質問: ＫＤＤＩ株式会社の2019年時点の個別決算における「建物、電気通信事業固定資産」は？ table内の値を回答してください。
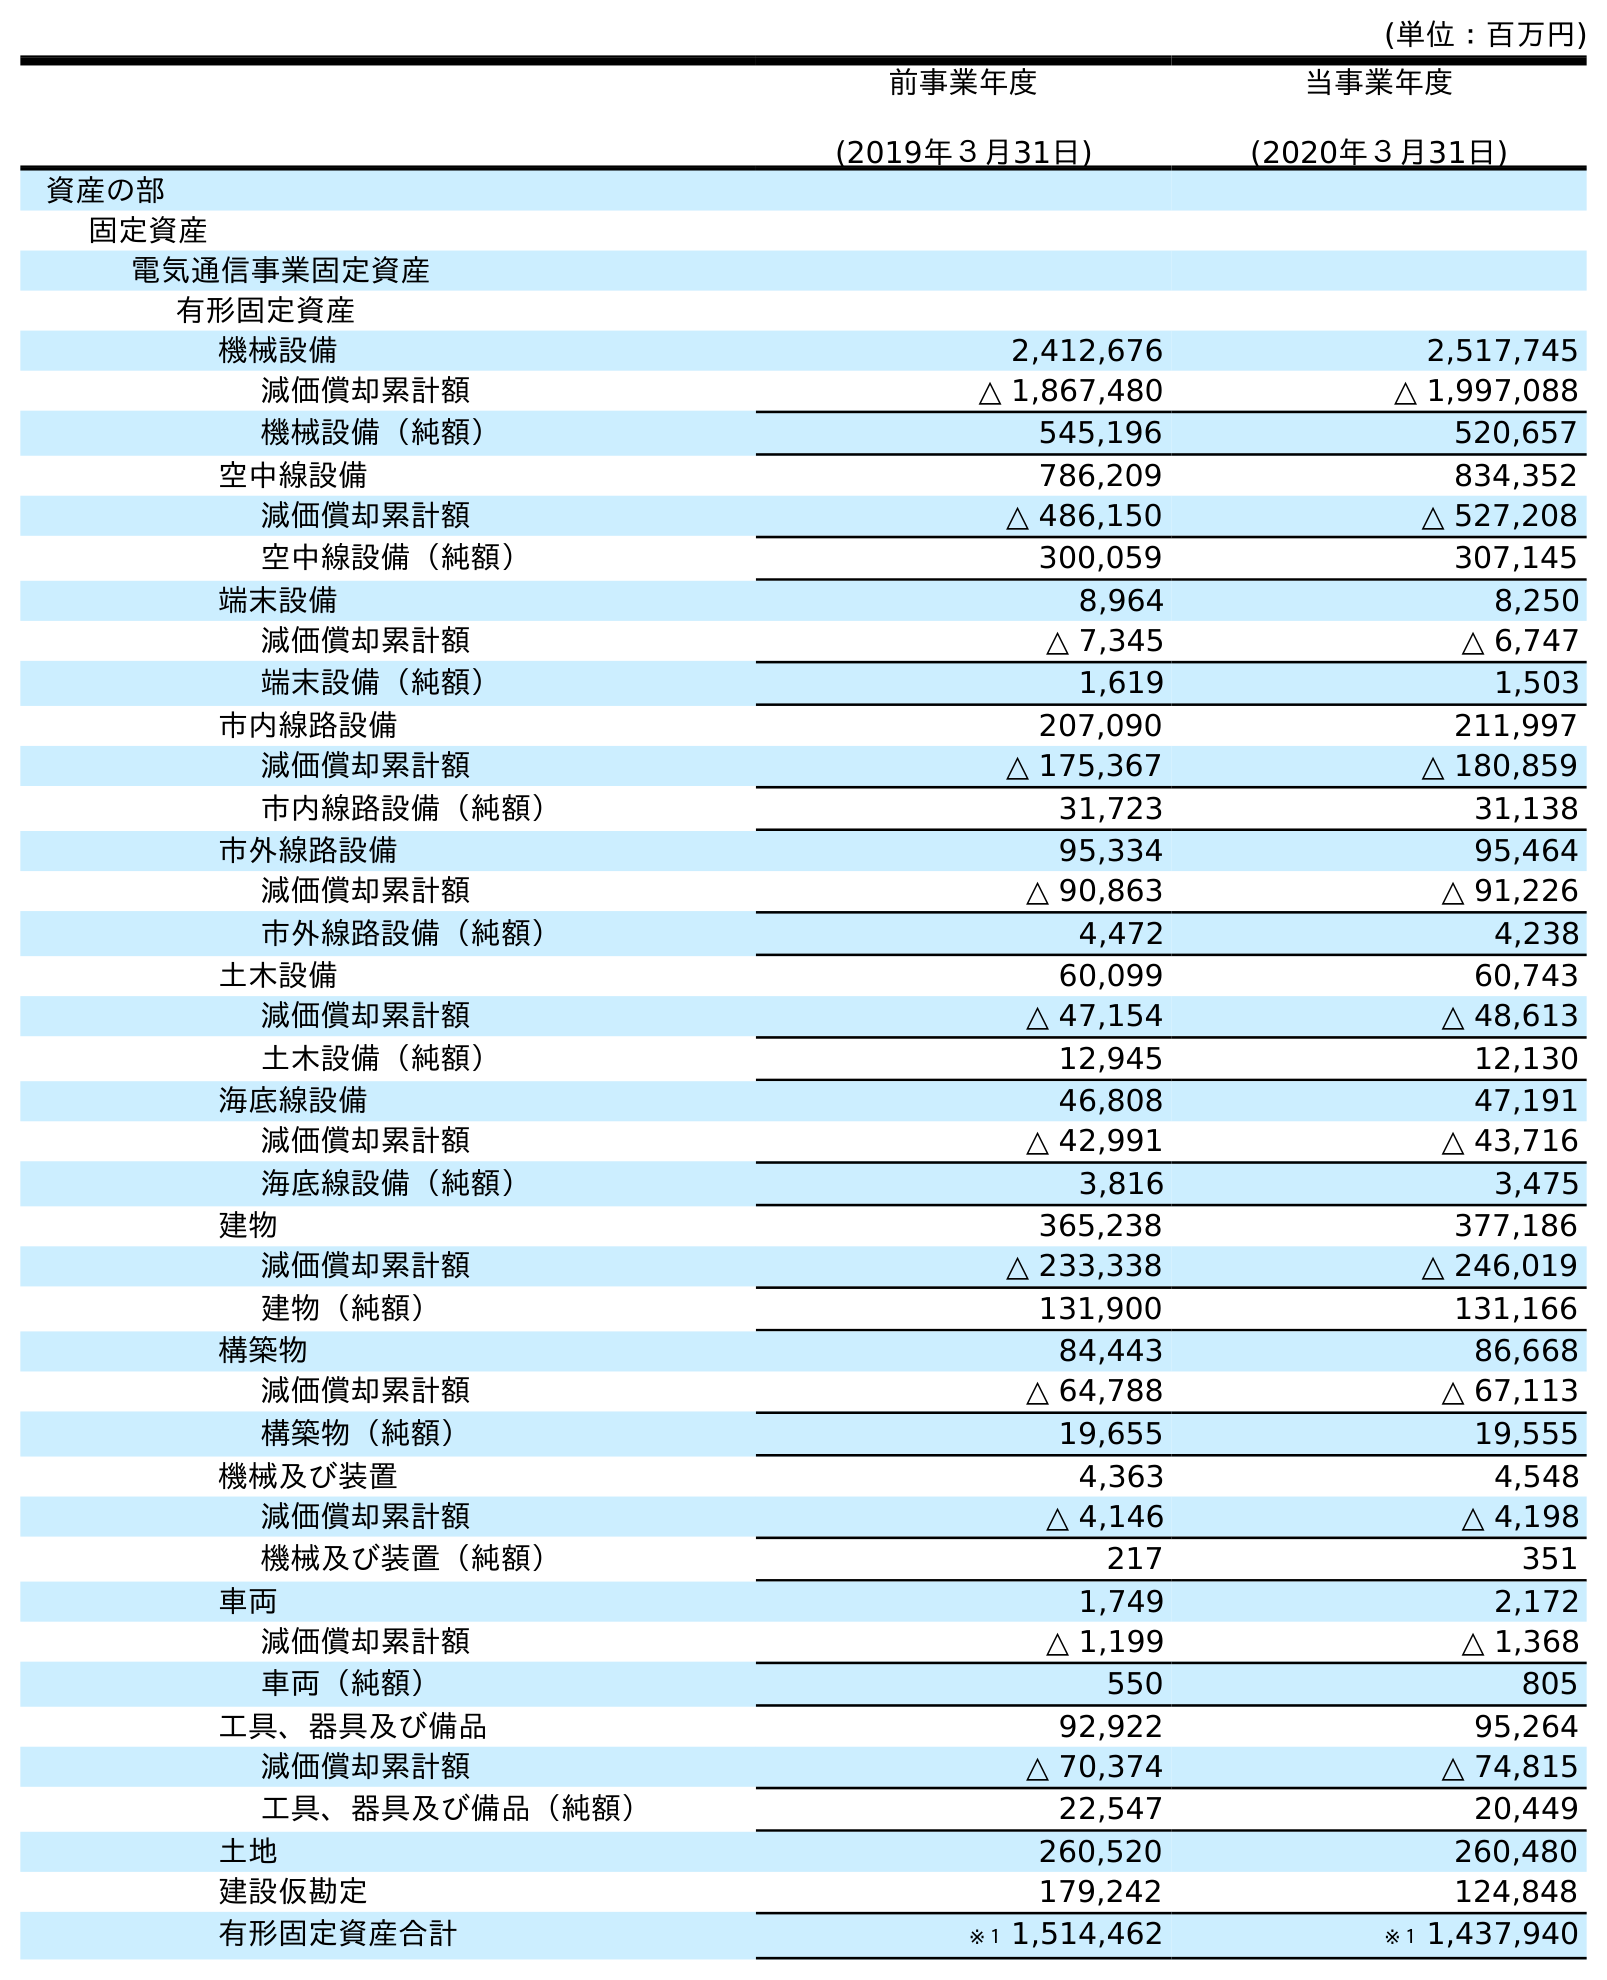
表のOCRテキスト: (単位：百万円) 前事業年度 (2019年３月31日) 当事業年度 (2020年３月31日) 資産の部 固定資産 電気通信事業固定資産 有形固定資産 機械設備 2,412,676 2,517,745 減価償却累計額 △ 1,867,480 △ 1,997,088 機械設備（純額） 545,196 520,657 空中線設備 786,209 834,352 減価償却累計額 △ 486,150 △ 527,208 空中線設備（純額） 300,059 307,145 端末設備 8,964 8,250 減価償却累計額 △ 7,345 △ 6,747 端末設備（純額） 1,619 1,503 市内線路設備 207,090 211,997 減価償却累計額 △ 175,367 △ 180,859 市内線路設備（純額） 31,723 31,138 市外線路設備 95,334 95,464 減価償却累計額 △ 90,863 △ 91,226 市外線路設備（純額） 4,472 4,238 土木設備 60,099 60,743 減価償却累計額 △ 47,154 △ 48,613 土木設備（純額） 12,945 12,130 海底線設備 46,808 47,191 減価償却累計額 △ 42,991 △ 43,716 海底線設備（純額） 3,816 3,475 建物 365,238 377,186 減価償却累計額 △ 233,338 △ 246,019 建物（純額） 131,900 131,166 構築物 84,443 86,668 減価償却累計額 △ 64,788 △ 67,113 構築物（純額） 19,655 19,555 機械及び装置 4,363 4,548 減価償却累計額 △ 4,146 △ 4,198 機械及び装置（純額） 217 351 車両 1,749 2,172 減価償却累計額 △ 1,199 △ 1,368 車両（純額） 550 805 工具、器具及び備品 92,922 95,264 減価償却累計額 △ 70,374 △ 74,815 工具、器具及び備品（純額） 22,547 20,449 土地 260,520 260,480 建設仮勘定 179,242 124,848 有形固定資産合計 ※１ 1,514,462 ※１ 1,437,940
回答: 365,238